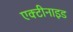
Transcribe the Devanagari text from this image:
एक्टीनाइड